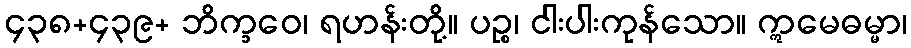
၄၃၈+၄၃၉+ ဘိက္ခဝေ၊ ရဟန်းတို့။ ပဉ္စ၊ ငါးပါးကုန်သော။ ဣမေဓမ္မာ၊